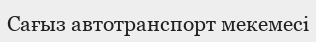
Сағыз автотранспорт мекемесі